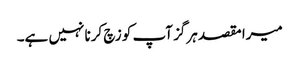
میرا مقصد ہرگز آپ کو زچ کرنا نہیں ہے۔